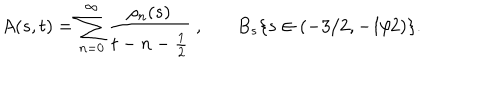
A ( s , t ) = \sum _ { n = 0 } ^ { \infty } \frac { \rho _ { n } ( s ) } { t - n - \frac { 1 } { 2 } } \ , \ \ \ B _ { s } \{ s \in ( - 3 / 2 , - 1 / 2 ) \} .